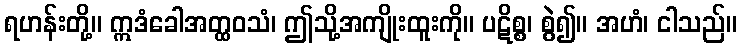
ရဟန်းတို့။ ဣဒံခေါအတ္ထဝသံ၊ ဤသို့အကျိုးထူးကို။ ပဋိစ္စ၊ စွဲ၍။ အဟံ၊ ငါသည်။